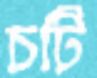
চটি